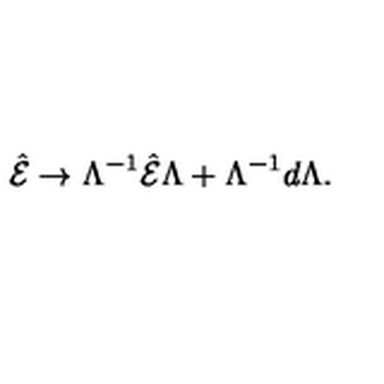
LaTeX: \hat { \cal E } \rightarrow \Lambda ^ { - 1 } \hat { \cal E } \Lambda + \Lambda ^ { - 1 } d \Lambda .